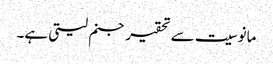
مانوسیت سے تحقیر جنم لیتی ہے۔